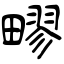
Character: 疁